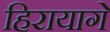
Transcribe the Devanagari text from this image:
हिरायागे